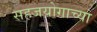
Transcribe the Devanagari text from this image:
सहजयोगाच्या